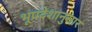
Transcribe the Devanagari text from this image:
भूप्रदेशानुसार